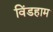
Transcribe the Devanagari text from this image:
विंडहाम